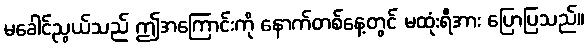
မခေါင်ညွယ်သည် ဤအကြောင်းကို နောက်တစ်နေ့တွင် မထုံးရီအား ပြောပြသည်။